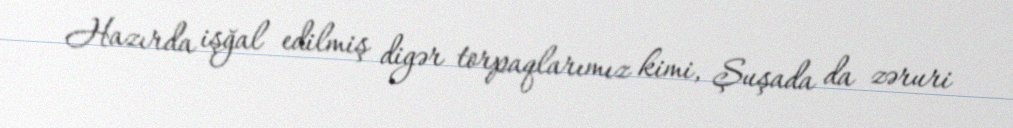
Hazırda işğal edilmiş digər torpaqlarımız kimi, Şuşada da zəruri